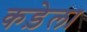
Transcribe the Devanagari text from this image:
कड़ेला